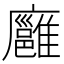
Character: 廱